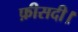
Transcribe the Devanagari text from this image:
फ़ीसदी।